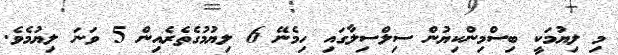
މި ލިޔުމަކީ ބިސްމިންކިޔުން ސިލްސިލާގައި ހިމެނޭ 6 ލިޔުމުގެތެރެއިން 5 ވަނަ ލިޔުމެވެ.